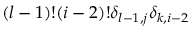
( l - 1 ) ! ( i - 2 ) ! \delta _ { l - 1 , j } \delta _ { k , i - 2 }